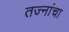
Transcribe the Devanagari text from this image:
तज्नांचा